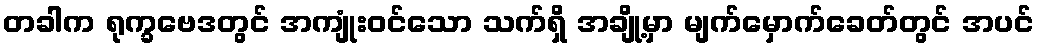
တခါက ရုက္ခဗေဒတွင် အကျုံးဝင်သော သက်ရှိ အချို့မှာ မျက်မှောက်ခေတ်တွင် အပင်